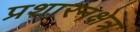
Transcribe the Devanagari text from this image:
प्रशारनक्षेत्र